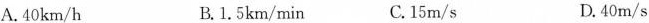
A.40km/h B.1.5km/min C.15m/s D.40m/s